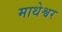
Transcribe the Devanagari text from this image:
माथेश्वर